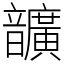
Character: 𩑈